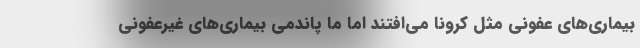
بیماری‌های عفونی مثل کرونا می‌افتند اما ما پاندمی بیماری‌های غیرعفونی